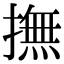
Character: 撫